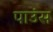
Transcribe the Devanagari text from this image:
पाउंस